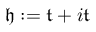
{ \mathfrak { h } } : = { \mathfrak { t } } + i { \mathfrak { t } }